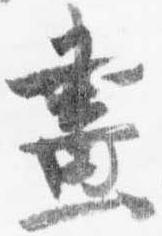
昼